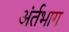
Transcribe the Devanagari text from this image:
अंर्तभाग